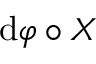
\operatorname { d } \! \varphi \circ X